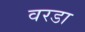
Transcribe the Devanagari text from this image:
वरडा